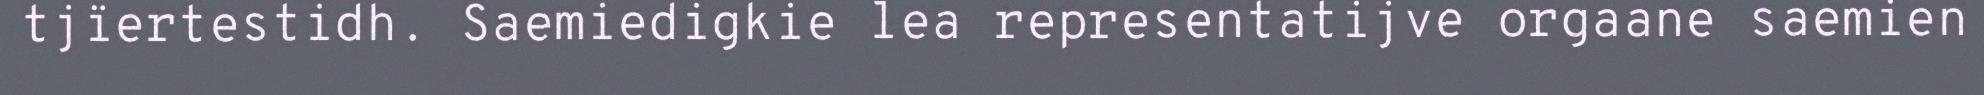
tjïertestidh. Saemiedigkie lea representatijve orgaane saemien